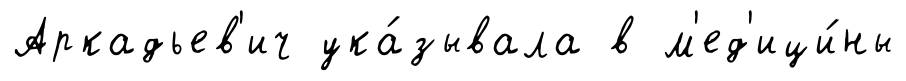
Аркадьев'ич ука́зывала в м'ед'ици́ны